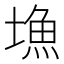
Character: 𡐚